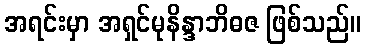
အရင်းမှာ အရှင်မုနိန္ဒာဘိဓဇ ဖြစ်သည်။